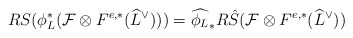
\begin{align*}RS(\phi_{L}^*(\mathcal{F}\otimes F^{e,*}(\widehat{L}^{\vee})))=\widehat{\phi_{L}}_*R\hat{S}(\mathcal{F}\otimes F^{e,*}(\widehat{L}^{\vee})) \end{align*}